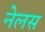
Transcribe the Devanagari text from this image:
नेलस